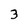
Character: 3